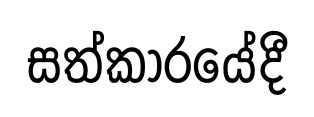
සත්කාරයේදී